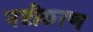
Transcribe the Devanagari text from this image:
नष्टीकरण